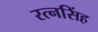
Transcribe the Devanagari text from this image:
रत्‍नसिंह